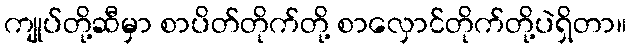
ကျုပ်တို့ဆီမှာ စာပိတ်တိုက်တို့ စာလှောင်တိုက်တို့ပဲရှိတာ။